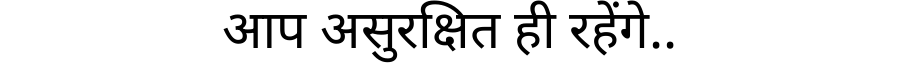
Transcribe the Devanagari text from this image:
आप असुरक्षित ही रहेंगे..